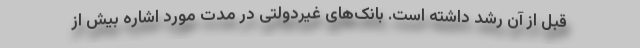
قبل از آن رشد داشته است. بانک‌های غیردولتی در مدت مورد اشاره بیش از